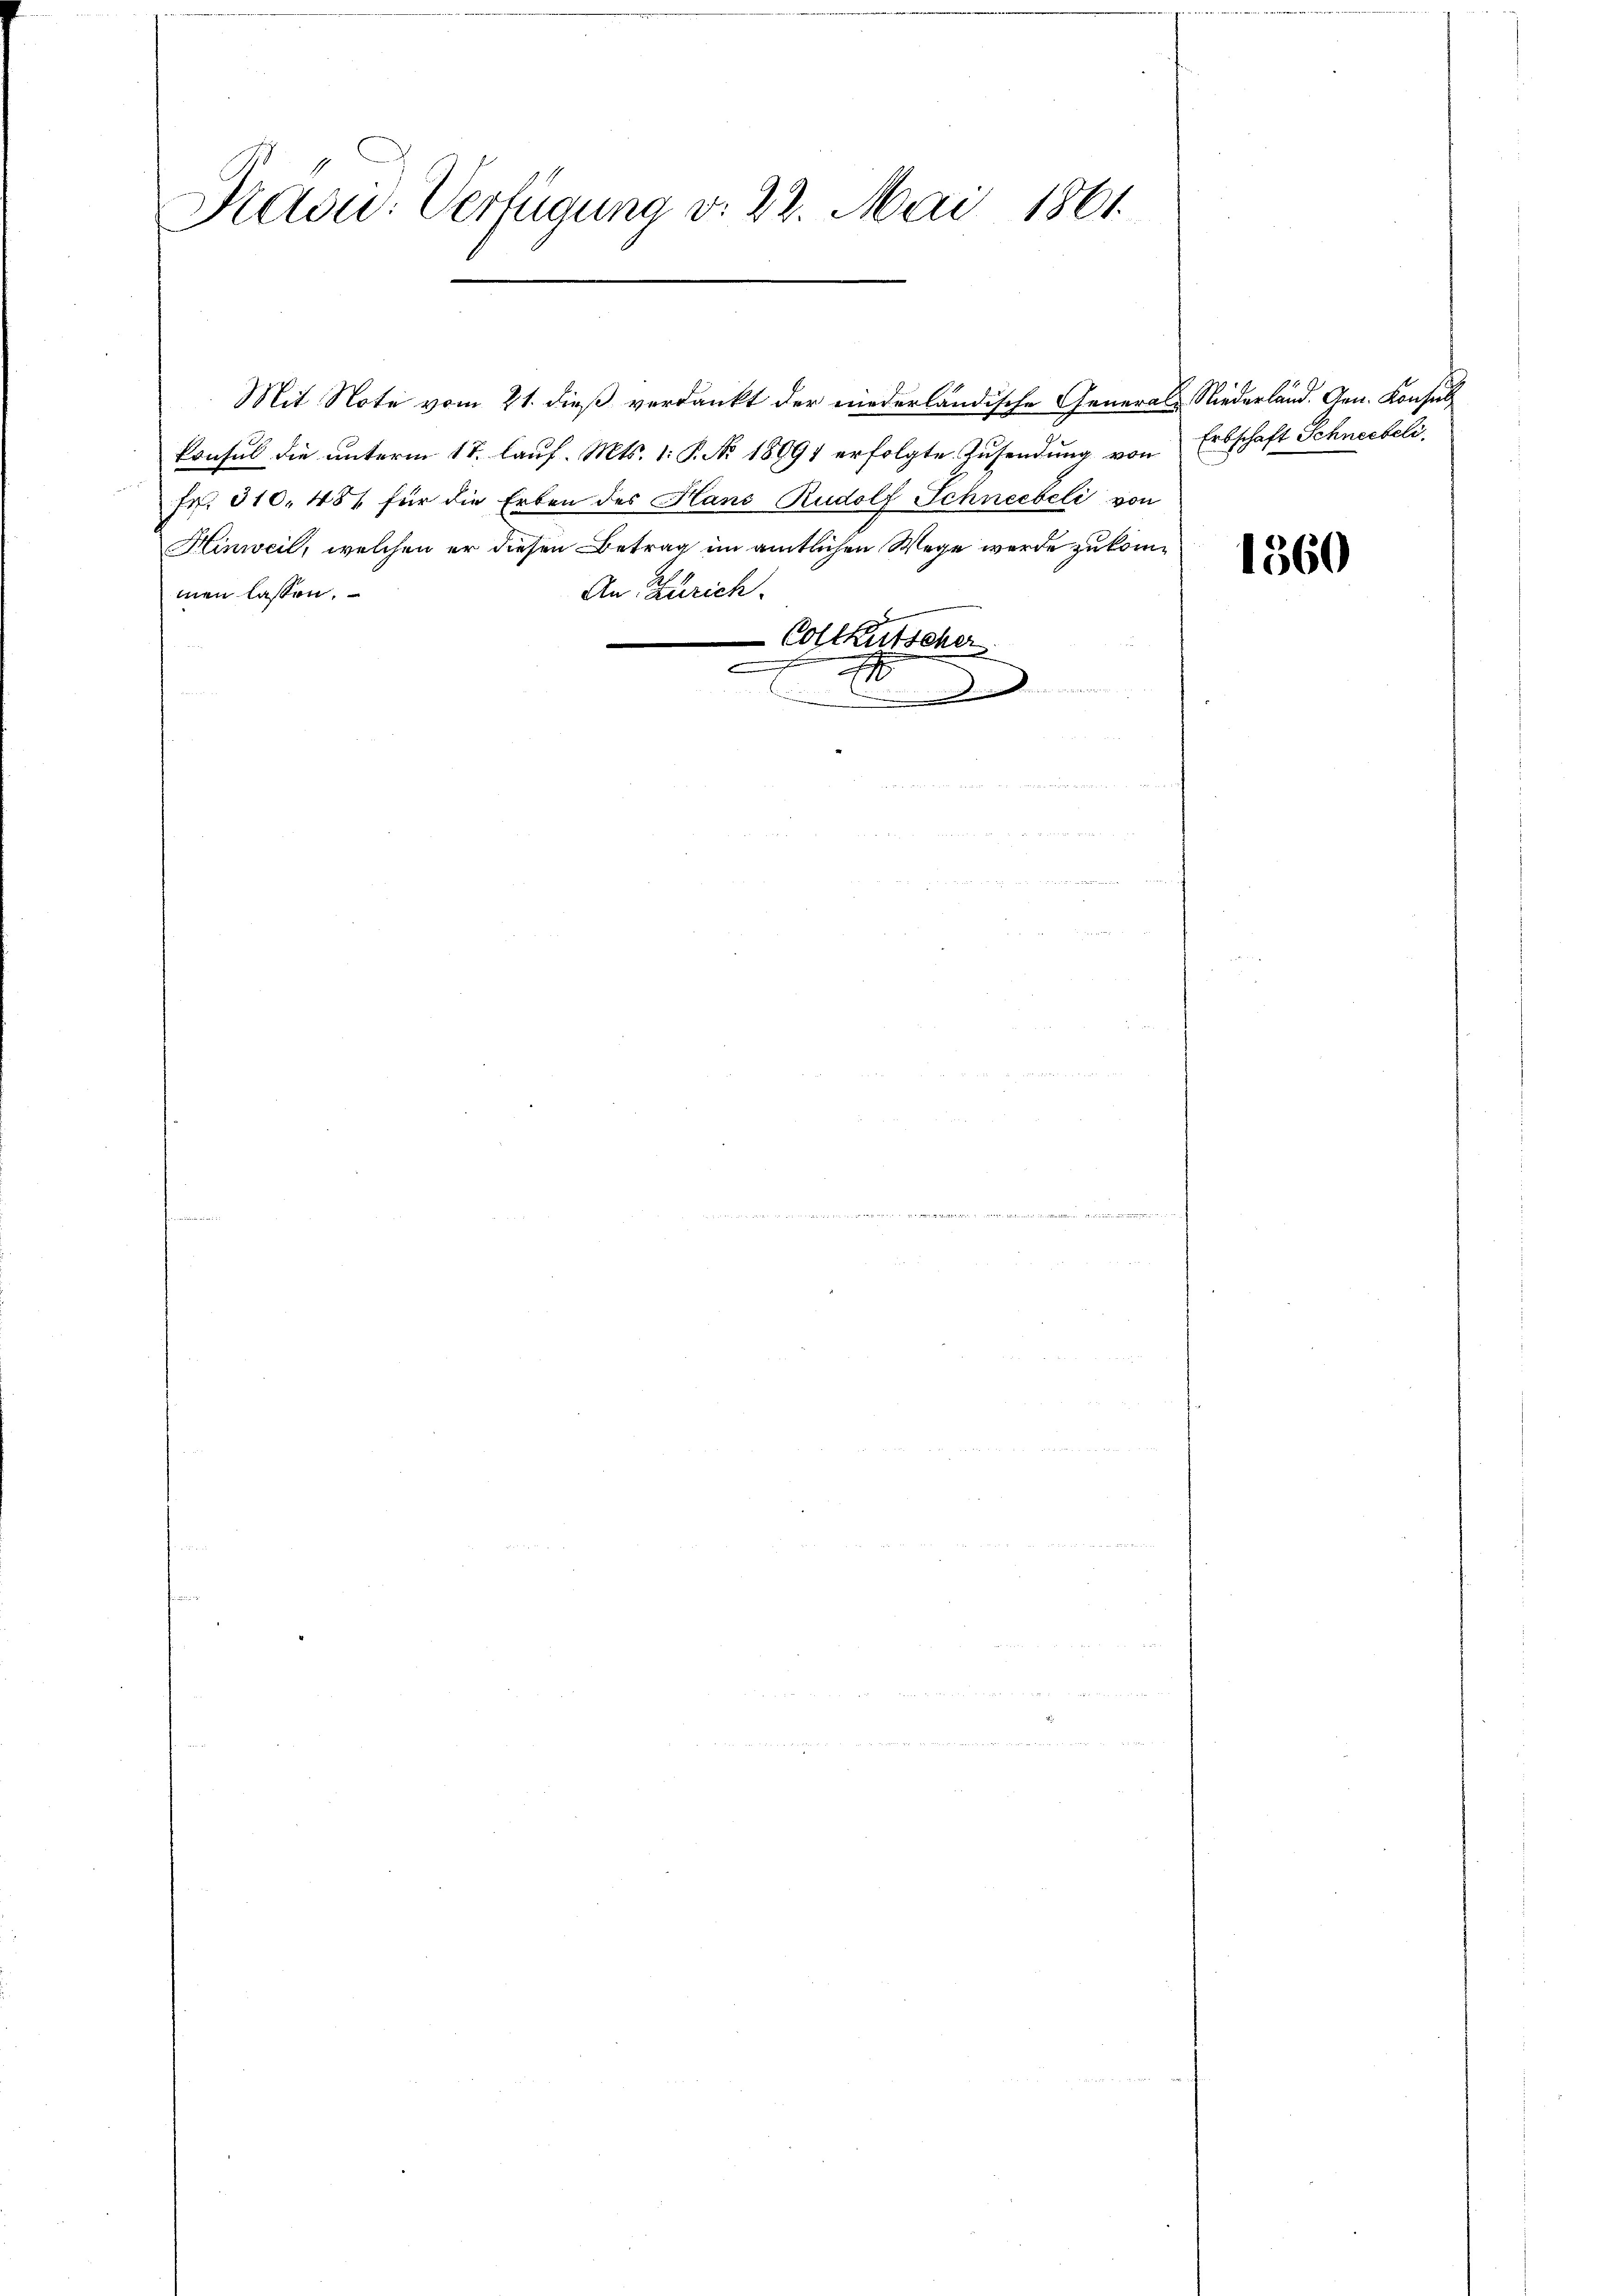
Präsi- Verfügung v. 22. Mai 1861.

Mit Note vom 21. dieß verdankt der niederländische Generals Niederländ. Gen. Konsul
konsul die unterm 17. lauf. Mts. 1. P. No. 18691 erfolgte Zusendung von Erbschaft Schneebeli,
Fr. 310. 484 für die Erben des Hans Rudolf Schneebeli von
Hinweil, welchen er diesen Betrag im amtlichen Wege werde zukom¬
An Zürich.
men lassen.
Coltkutscher
e
.
.

1360